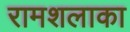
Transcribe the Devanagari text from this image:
रामशलाका